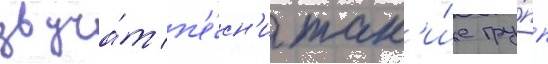
звуча́т п'е́сн'и так'и́е гру́пп